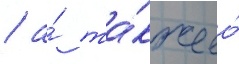
/ а́ та́кже ео́